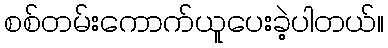
စစ်တမ်းကောက်ယူပေးခဲ့ပါတယ်။